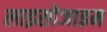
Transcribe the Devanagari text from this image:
लाइसोजाइम